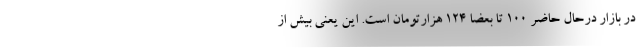
در بازار درحال حاضر ۱۰۰ تا بعضا ۱۲۴ هزارتومان است. این یعنی بیش از